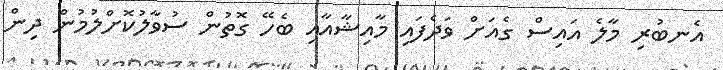
އެނބުރި މާލެ އައިސް ގެއަށް ވަދެފައި މާއިޝާއާއި ބެހޭ ގޮތުން ސުވާލުކޮށްލުމުން ދިން